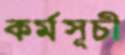
কর্মসূচী